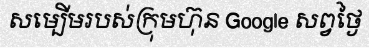
សម្បើមរបស់ក្រុមហ៊ុន Google សព្វថ្ងៃ